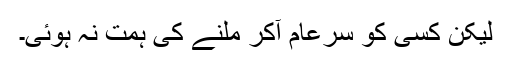
لیکن کسی کو سرعام آکر ملنے کی ہمت نہ ہوئی۔